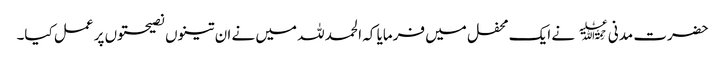
حضرت مدنی﷫ نے ایک محفل میں فرمایا کہ الحمد للہ میں نے ان تینوں نصیحتوں پر عمل کیا۔